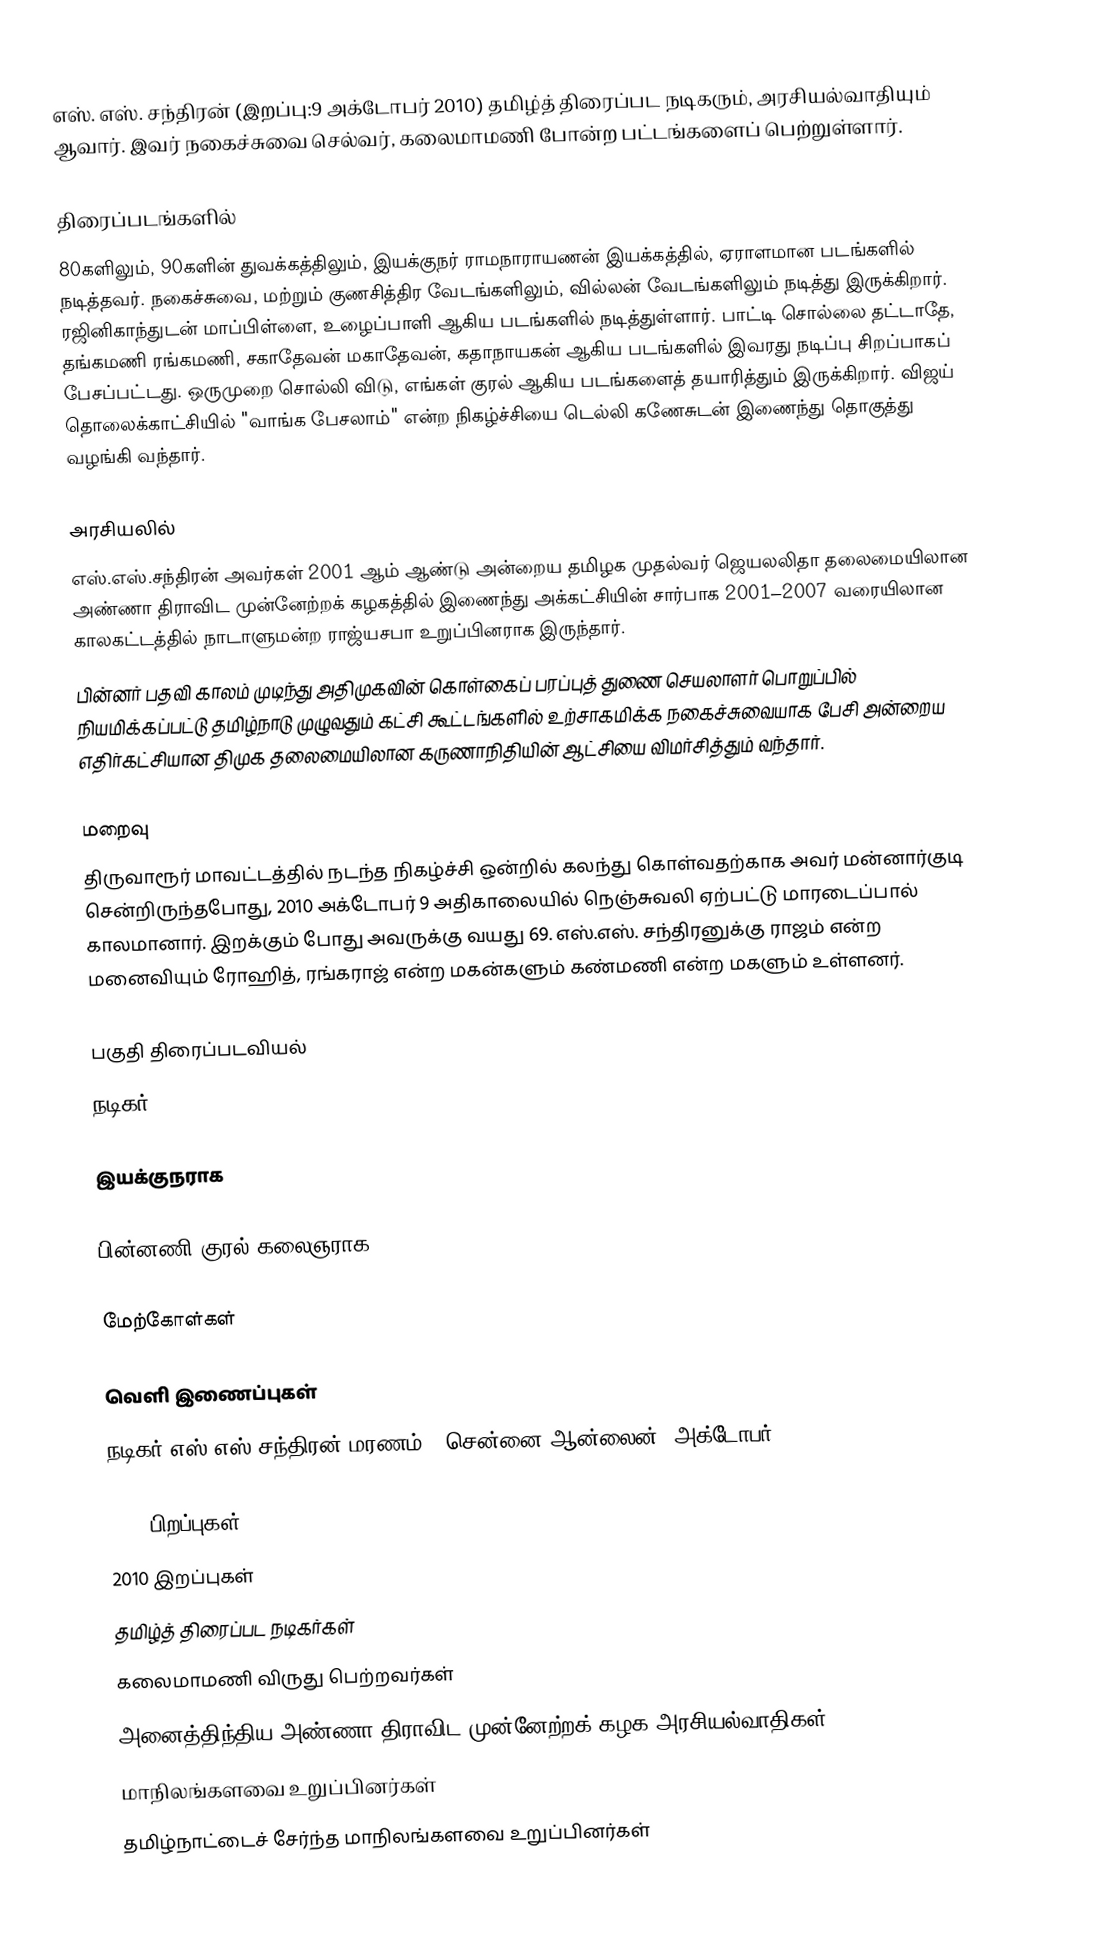
எஸ். எஸ். சந்திரன் (இறப்பு:9 அக்டோபர் 2010) தமிழ்த் திரைப்பட நடிகரும், அரசியல்வாதியும் ஆவார். இவர் நகைச்சுவை செல்வர், கலைமாமணி போன்ற பட்டங்களைப் பெற்றுள்ளார்.

திரைப்படங்களில்
80களிலும், 90களின் துவக்கத்திலும், இயக்குநர் ராமநாராயணன் இயக்கத்தில், ஏராளமான படங்களில் நடித்தவர். நகைச்சுவை, மற்றும் குணசித்திர வேடங்களிலும், வில்லன் வேடங்களிலும் நடித்து இருக்கிறார். ரஜினிகாந்துடன் மாப்பிள்ளை, உழைப்பாளி ஆகிய படங்களில் நடித்துள்ளார். பாட்டி சொல்லை தட்டாதே, தங்கமணி ரங்கமணி, சகாதேவன் மகாதேவன், கதாநாயகன் ஆகிய படங்களில் இவரது நடிப்பு சிறப்பாகப் பேசப்பட்டது. ஒருமுறை சொல்லி விடு, எங்கள் குரல் ஆகிய படங்களைத் தயாரித்தும் இருக்கிறார். விஜய் தொலைக்காட்சியில் "வாங்க பேசலாம்" என்ற நிகழ்ச்சியை டெல்லி கணேசுடன் இணைந்து தொகுத்து வழங்கி வந்தார்.

அரசியலில்
 எஸ்.எஸ்.சந்திரன் அவர்கள் 2001 ஆம் ஆண்டு அன்றைய தமிழக முதல்வர் ஜெயலலிதா தலைமையிலான அண்ணா திராவிட முன்னேற்றக் கழகத்தில் இணைந்து அக்கட்சியின் சார்பாக 2001–2007 வரையிலான காலகட்டத்தில் நாடாளுமன்ற ராஜ்யசபா உறுப்பினராக இருந்தார்.
 பின்னர் பதவி காலம் முடிந்து அதிமுகவின் கொள்கைப் பரப்புத் துணை செயலாளர் பொறுப்பில் நியமிக்கப்பட்டு தமிழ்நாடு முழுவதும் கட்சி கூட்டங்களில் உற்சாகமிக்க நகைச்சுவையாக பேசி அன்றைய எதிர்கட்சியான திமுக தலைமையிலான கருணாநிதியின் ஆட்சியை விமர்சித்தும் வந்தார்.

மறைவு
திருவாரூர் மாவட்டத்தில் நடந்த நிகழ்ச்சி ஒன்றில் கலந்து கொள்வதற்காக அவர் மன்னார்குடி சென்றிருந்தபோது, 2010 அக்டோபர் 9 அதிகாலையில் நெஞ்சுவலி ஏற்பட்டு மாரடைப்பால் காலமானார். இறக்கும் போது அவருக்கு வயது 69. எஸ்.எஸ். சந்திரனுக்கு ராஜம் என்ற மனைவியும் ரோஹித், ரங்கராஜ் என்ற மகன்களும் கண்மணி என்ற மகளும் உள்ளனர்.

பகுதி திரைப்படவியல்
நடிகர்

இயக்குநராக

பின்னணி குரல் கலைஞராக

மேற்கோள்கள்

வெளி இணைப்புகள்
நடிகர் எஸ் எஸ் சந்திரன் மரணம் , சென்னை ஆன்லைன், அக்டோபர் 9, 2010

1941 பிறப்புகள்
2010 இறப்புகள்
தமிழ்த் திரைப்பட நடிகர்கள்
கலைமாமணி விருது பெற்றவர்கள்
அனைத்திந்திய அண்ணா திராவிட முன்னேற்றக் கழக அரசியல்வாதிகள்
மாநிலங்களவை உறுப்பினர்கள்
தமிழ்நாட்டைச் சேர்ந்த மாநிலங்களவை உறுப்பினர்கள்